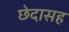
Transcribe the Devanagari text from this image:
छेदासह